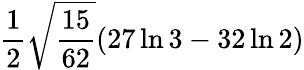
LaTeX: \frac{1}{2}\sqrt{\frac{15}{62}}(27\ln 3-32\ln 2)